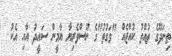
ތިނަދޫގެ ތުއްތު ކުއްޖެއް "ވަގުތު"ގެ ނޫސްވެރިޔާ ޔާމީން ސައީދު އާއި އެކު